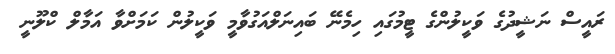
ރައީސް ނަޝީދުގެ ވަކީލުންގެ ޓީމުގައި ހިމެނޭ ބައިނަލްއަގުވާމީ ވަކީލުން ކަމަށްވާ އަމާލް ކްލޫނީ